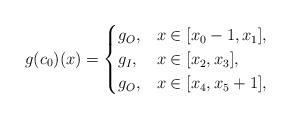
LaTeX: \begin{align*}g(c_0)(x) = \begin{cases}g_O, & x \in [x_0-1,x_1], \\g_I, & x \in [x_2,x_3], \\g_O, & x \in [x_4,x_5+1],\end{cases}\end{align*}